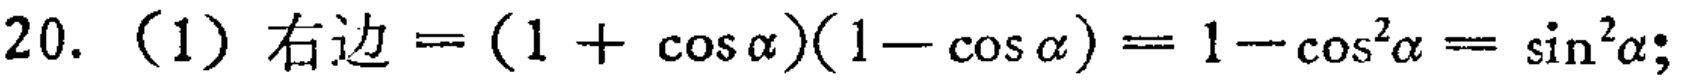
20. （1）右边\(=(1 + \cos\alpha)(1 - \cos\alpha)=1 - \cos^{2}\alpha=\sin^{2}\alpha\);